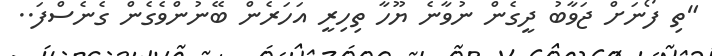
"ތި ފޯނަށް ޖަވާބު ދީގެން ނުވާނެ ޔޫހާ ތިހިރީ އަހަރެން ބޭނުންވެގެން ގެނެސްފަ..